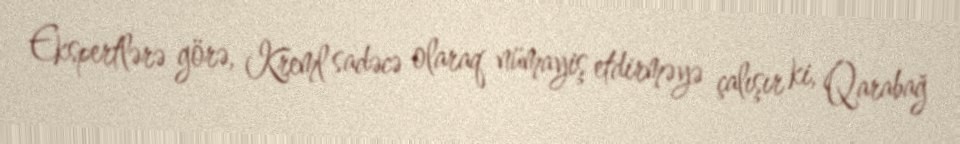
Ekspertlərə görə, Kreml sadəcə olaraq nümayiş etdirməyə çalışır ki, Qarabağ